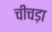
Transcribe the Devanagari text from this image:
चीचड़ा